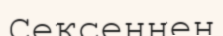
Сексеннен